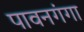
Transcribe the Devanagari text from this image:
पावनगंगा